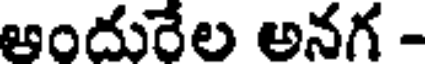
ఆందురేల అనగ -